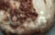
فمنذ